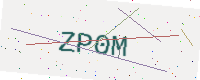
Text: ZP0M